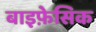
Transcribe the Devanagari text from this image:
बाइफ़ेसिक